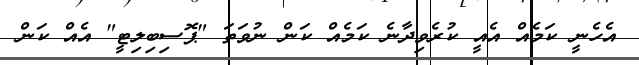
އެހެނީ ކަމެއް އެއީ ކުރެވިދާނެ ކަމެއް ކަން ނުވަތަ "ޕޮސިބިލިޓީ" އެއް ކަން